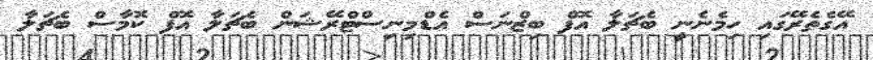
އޭގެތެރޭގައި ހިމެނެނީ ބެޗަލާ އޮފް ބިޒްނަސް އެޑްމިނިސްޓްރޭޝަން ބެޗަލާ އޮފް ކޮމާސް ބެޗަލާ